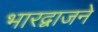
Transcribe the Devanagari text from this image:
भारद्वाजने